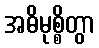
အဓိမုစ္စိတွာ